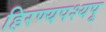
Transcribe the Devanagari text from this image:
हिरण्यपश्यपू